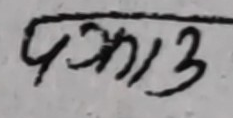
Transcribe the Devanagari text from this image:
पकारा३